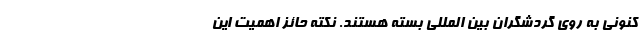
کنونی به روی گردشگران بین المللی بسته‌ هستند. نکته حائز اهمیت این